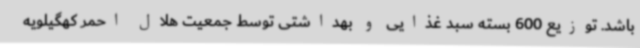
باشد. توزیع 600 بسته سبد غذایی و بهداشتی توسط جمعیت هلال احمر کهگیلویه